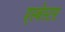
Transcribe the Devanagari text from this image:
एस्‍बेस्‍टस